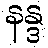
နန္ဒ